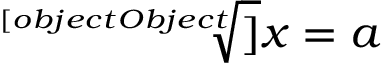
{ \sqrt [ [object Object] ] { x } } = a